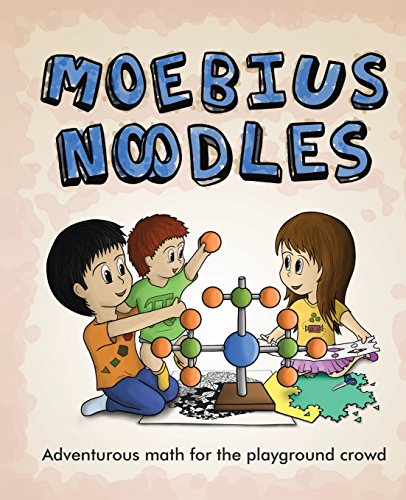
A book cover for Moebius Noodles; Yelena McManaman; Humor & Entertainment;